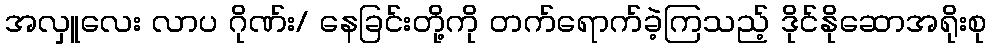
အလှူလေး လာပ ဂိုဏ်း/ နေခြင်းတို့ကို တက်ရောက်ခဲ့ကြသည့် ဒိုင်နိုဆောအရိုးစု